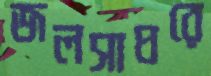
জলসাঘরে